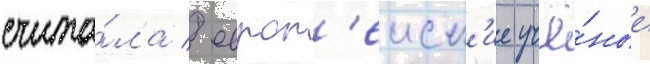
счита́ла / европ'еиск'ие учё́ные